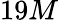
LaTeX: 19M